King Institute of Preventive Medicine Bacteriolog. Section reports 1907-08
Year: 1907
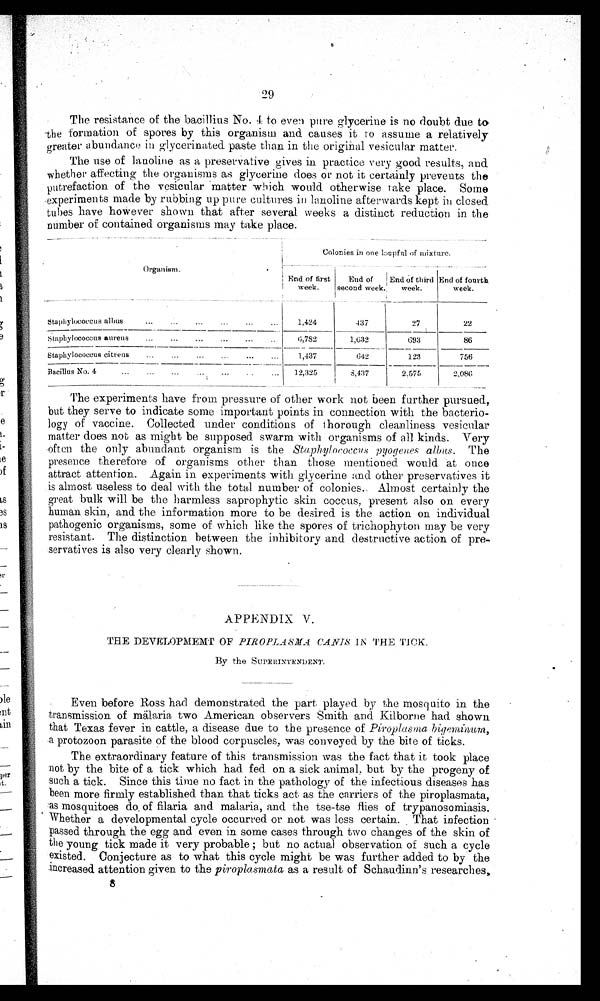
The resistance of the bacillius No. 4: to even pure glycerine is no doubt due to-
-the formation of spores by this organism and causes it to assume a relatively
greater abundance in glycerinated paste titan in the original vesicular matter.
The -use of lanoline as a preservative gives in practice very good results, and
whether affecting the organisms as glycerine does or not it certainly prevents the
putrefaction of the vesicular matter which would otherwise rake place. Some
experiments made by rubbing up pure cultures in lanoline afterwards kept in closed
tubes have however shown that after several weeks a distinct reduction in the
number of contained organisms may take place.
Organism.
.
Colonies in one 1oupful of mixture.
End of first
End of
End of third End of fourth
week.
second week.
week.
week.
Staphylococcus albus
...
...
...
...
1,424
437
27
22
staphylococcus aureus
...
...
...
..
6,782
1,632
642
603
86
staphylococcus citreus
...
...
...
...
1, 437.,
123
756
Bacillus No. 4
...
...
...
..
12,325
8,437
2,575
2 , 0 8 6
The experiments have from pressure of other work not been further pursued,
but they serve to indicate some important points in connection with the bacterio-
logy of vaccine. Collected under conditions of thorough cleanliness vesicular
matter does not as might be supposed swarm with organisms of all kinds. Very
often the only abundant organism is the Staphylococcus pyog enes albus. The
presence therefore of organisms other than those mentioned would at once
attract attention. Again in experiments with glycerine and other preservatives it
is almost useless to deal with the total number of colonies. Almost certainly the
great bulk will be the harmless saprophytic skin coccus, present also on every
human skin, and the information more to be desired is the action on individual
pathogenic organisms, some of which like the spores of trichophyton may be very
resistant. The distinction between the inhibitory and destructive action of pre-
servatives is also very clearly shown.
APPENDIX V.
THE DEVELOPMEMT OF PIROPLASMA CAN-IS IN THE TICK.
By the SUPERINTENDENT .
Even before Ross had demonstrated the part played by the mosquito in the
transmission of malaria two American observers Smith and Kilborne had shown
that Texas fever in cattle, a disease due to the presence of Piroplasma bigeminum,
a protozoon parasite of the blood corpuscles, was conveyed by the bite of ticks.
The extraordinary feature of this transmission was the fact that it took place
not by the bite of a tick which had fed on a sick animal, but by the progeny of
such a tick. Since this time no fact in the pathology of the infectious diseases has
been more firmly established than that ticks act as the carriers of the piroplasmata,
:as mosquitoes do. of filaria and malaria, and the tse-tse flies of trypanosomiasis.
Whether a developmental cycle occurred or not was less certain. That infection
passed through th.e egg and even in some cases through two changes of the skin of
t h e y o u n g t i c k m a d e i t v e r y p r o b a b l e ; b u t n o a c t u a l o b s e r v a t i o n o f s u c h a c y c l e
existed. Conjecture as to what this cycle might be was further added to by the
increased attention given to the piroplasmata as a result of Schaudinn's researches,
8